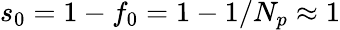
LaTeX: s_{0}=1-f_{0}=1-1/N_{p}\approx 1